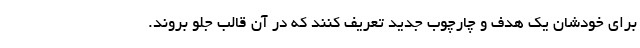
برای خودشان یک هدف و چارچوب جدید تعریف کنند که در آن قالب جلو بروند.